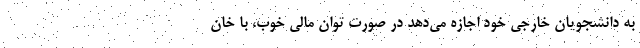
به دانشجویان خارجی خود اجازه می‌دهد در صورت توان مالی خوب، با خان